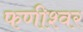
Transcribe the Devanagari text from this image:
फणीश्‍वर